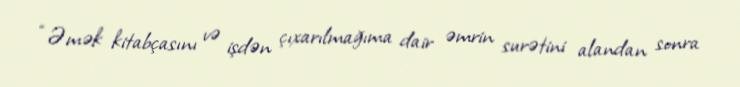
“Əmək kitabçasını və işdən çıxarılmağıma dair əmrin surətini alandan sonra